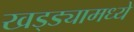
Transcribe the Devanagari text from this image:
खड्ड्यामध्ये